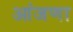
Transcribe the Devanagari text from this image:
आंजणा